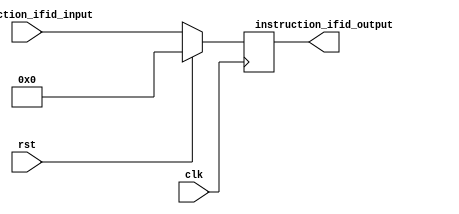
// =============================================================================
// -----------------------------------------------------------------------------
// This file include the IF/ID pipline register for RISC.
// =============================================================================
`timescale 1ns / 1ps

module ifid(
	output reg [15:0] instruction_ifid_output,
	input wire [15:0] instruction_ifid_input,
	input wire rst,
	input wire clk
);

always@(posedge clk)begin
	if(rst)begin
		instruction_ifid_output <= 16'b0000_0000_0000_0000;
	end else begin
		instruction_ifid_output <= instruction_ifid_input;
	end
end

endmodule